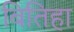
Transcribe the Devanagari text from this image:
बितिहा